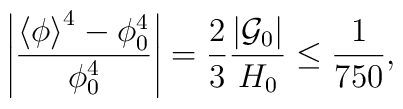
\left|\frac{\left<\phi\right>^4-\phi_0^4}{\phi_0^4} \right| = {2\over 3}{\left|{\cal G}_0\right| \over H_0} \leq {1\over 750},